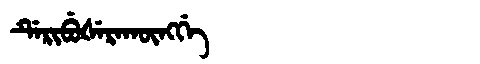
Manchu: ᡩᡝᡵᡳᠪᡠᡧᡝᡵᠠᡴᡡᠩᡤᡝ
Romanization: DERIBUŠERAKŪNGGE